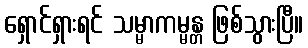
ရှောင်ရှားရင် သမ္မာကမ္မန္တ ဖြစ်သွားပြီ။